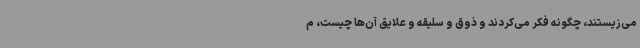
می‌زیستند، چگونه فکر می‌کردند و ذوق و سلیقه و علایق آن‌ها چیست، م